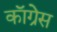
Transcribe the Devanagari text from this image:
काॅग्रेेस